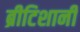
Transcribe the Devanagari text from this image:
ब्रीटिशानी